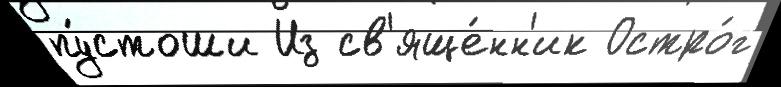
пу́стоши Из св'яще́нн'ик Остро́г